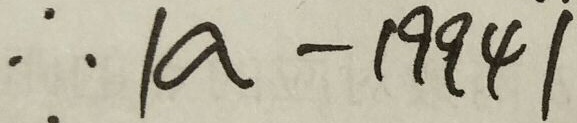
\therefore \vert a - 1 9 9 4 \vert